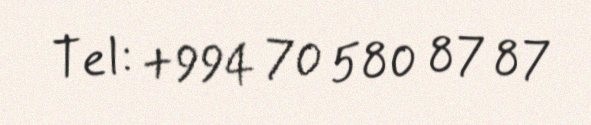
Tel: +994 70 580 87 87